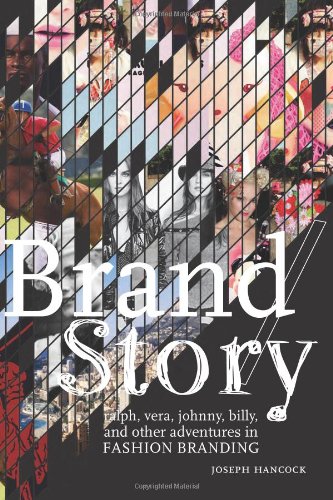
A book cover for Brand/Story: Ralph, Vera, Johnny, Billy, and Other Adventures in Fashion Branding; Joseph H. Hancock; Business & Money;